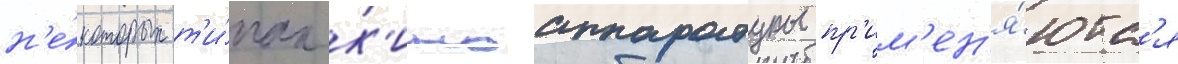
н'е́которых т'и́пах к'иноаппаратуры пр'им'ен'я́ютс'я